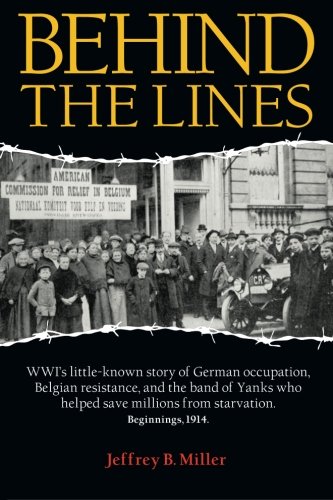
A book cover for Behind the Lines: WWI's little-known story of German occupation, Belgian resistance, and the band of Yanks who helped save millions from starvation.; Jeffrey B. Miller; History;